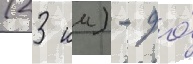
(23 км) - до́